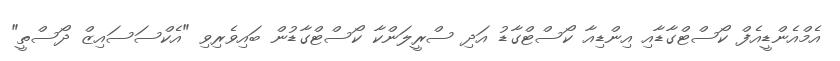
އެމްއެންޑީއެފް ކޯސްޓްގާޑާއި އިންޑިއާ ކޯސްޓްގާޑު އަދި ސްރީލަންކާ ކޯސްޓްގާޑުން ބައިވެރިވި "އެކްސަސައިޒް ދޯސްތީ"